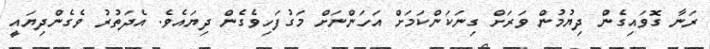
ރަނާ ގޮވައިގެން ދިޔުމުން ވަރަށް ގިނަކަންކަމަށް އަހަންނަށް މަގުފަހިވެގެން ދިޔައެވެ. އެދަތުރު ވެގެންދިޔައީ